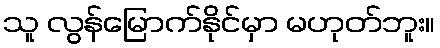
သူ လွန်မြောက်နိုင်မှာ မဟုတ်ဘူး။